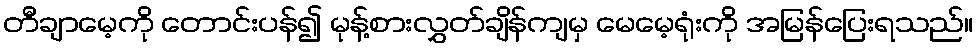
တီချာမေ့ကို တောင်းပန်၍ မုန့်စားလွှတ်ချိန်ကျမှ မေမေ့ရုံးကို အမြန်ပြေးရသည်။